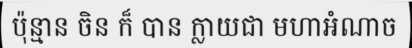
ប៉ុន្មាន ចិន ក៏ បាន ក្លាយជា មហាអំណាច